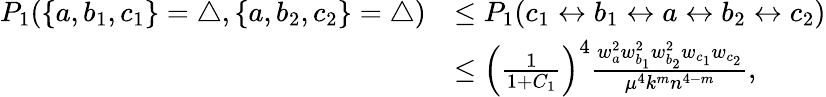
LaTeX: \begin{array}{rl}{P_{1}(\{ a,b_{1},c_{1}\} =\triangle,\{ a,b_{2},c_{2}\} =\triangle)}&{\leq P_{1}(c_{1}\leftrightarrow b_{1}\leftrightarrow a\leftrightarrow b_{2}\leftrightarrow c_{2})}\\ &{\leq\left(\frac{1}{1+C_{1}}\right)^{4}\frac{w_{a}^{2}w_{b_{1}}^{2}w_{b_{2}}^{2}w_{c_{1}}w_{c_{2}}}{\mu^{4}k^{m}n^{4-m}},}\end{array}